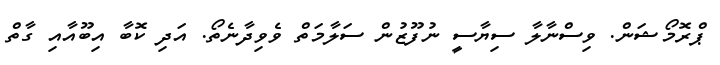
ޕްރޮމޯޝަން. ވިސްނާލާ ސިޔާސީ ނުފޫޒުން ސަލާމަތް ވެވިދާނެތޯ. އަދި ކޮބާ އިބޫއާއި ގާތް